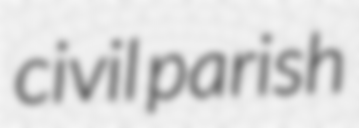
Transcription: civil parish